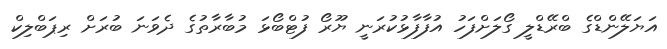
އަޔަލޭންޑްގެ ބްރޭޑްލީ ގޯލަށްފަހު އުފާފާޅުކުރަނީ ޔޫރޯ ފުޓްބޯޅަ މުބާރާތުގެ ދެވަނަ ބުރަށް ރިޕަބްލިކް